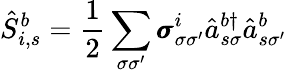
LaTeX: \hat{S}_{i,s}^{b}=\frac{1}{2}\sum_{\sigma\sigma^{\prime}}\pmb{\sigma}_{\sigma\sigma^{\prime}}^{i}\hat{a}_{s\sigma}^{b\dagger}\hat{a}_{s\sigma^{\prime}}^{b}